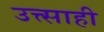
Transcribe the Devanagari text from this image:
उत्त्साही